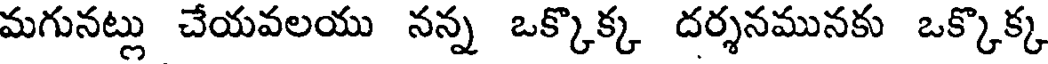
మగునట్లు చేయవలయు నన్న ఒక్కొక్క దర్శనమునకు ఒక్కొక్క